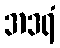
အဒရံ